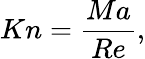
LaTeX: Kn=\frac{Ma}{Re},